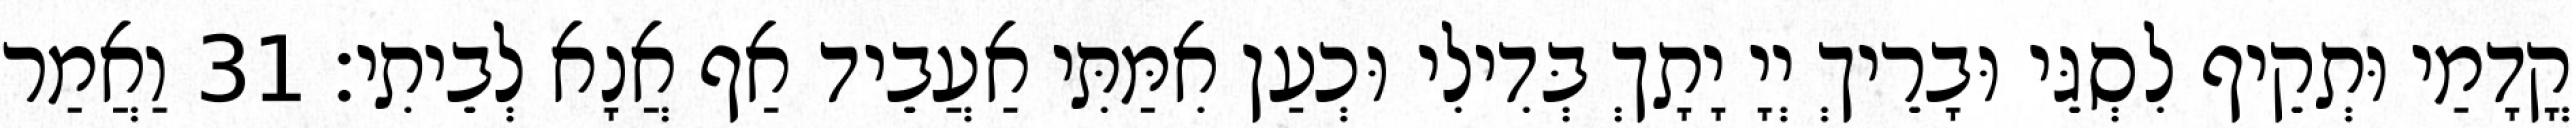
קֳדָמַי וּתְקֵיף לִסְגֵּי וּבָרֵיךְ יְיָ יָתָךְ בְּדִילִי וּכְעַן אִמַּתִּי אַעֲבֵיד אַף אֲנָא לְבֵיתִי׃ 31 וַאֲמַר